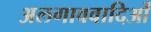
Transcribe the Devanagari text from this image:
अलगाववादिओं